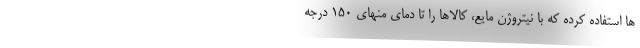
ها استفاده کرده که با نیتروژن مایع، کالاها را تا دمای منهای ۱۵۰ درجه